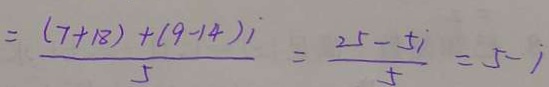
= \frac { ( 7 + 1 8 ) + ( 9 - 1 4 ) i } { 5 } = \frac { 2 5 - 5 i } { 5 } = 5 - i